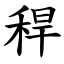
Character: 稈